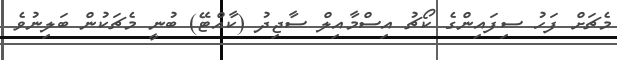
މެޗަށް ފަހު ސިފައިންގެ ކޯޗު އިސްމާއިލް ސާޖިދު (ކާއްޓޭ) ބުނީ މެޗަކުން ބަލިނުވެ